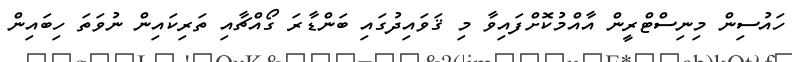
ހައުސިން މިނިސްޓްރީން އާއްމުކޮށްފައިވާ މި ޤަވައިދުގައި ބަންޑާރަ ގޯއްޗާއި ތަރިކައިން ނުވަތަ ހިބައިން